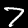
Digit: 7